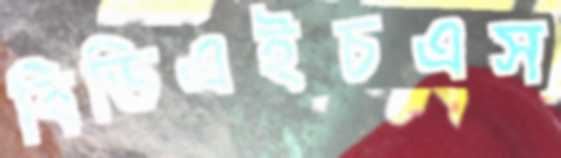
বিডিএইচএস